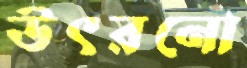
উৎরনো